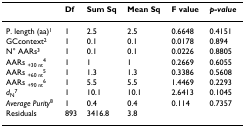
<table><thead><tr><td></td><td><b>Df</b></td><td><b>Sum Sq</b></td><td><b>Mean Sq</b></td><td><b>F value</b></td><td><b><i>p-value</i></b></td></tr></thead><tbody><tr><td>P. length (aa)<sup>1</sup></td><td>1</td><td>2.5</td><td>2.5</td><td>0.6648</td><td>0.4151</td></tr><tr><td>GCcontext<sup>2</sup></td><td>1</td><td>0.1</td><td>0.1</td><td>0.0178</td><td>0.894</td></tr><tr><td>N° AARs<sup>3</sup></td><td>1</td><td>0.1</td><td>0.1</td><td>0.0226</td><td>0.8805</td></tr><tr><td>AARs <sub>+30 nt</sub><sup>4</sup></td><td>1</td><td>1</td><td>1</td><td>0.2669</td><td>0.6055</td></tr><tr><td>AARs <sub>+60 nt</sub><sup>5</sup></td><td>1</td><td>1.3</td><td>1.3</td><td>0.3386</td><td>0.5608</td></tr><tr><td>AARs <sub>+90 nt</sub><sup>6</sup></td><td>1</td><td>5.5</td><td>5.5</td><td>1.4469</td><td>0.2293</td></tr><tr><td><i>d</i><sub>N</sub><sup>7</sup></td><td>1</td><td>10.1</td><td>10.1</td><td>2.6413</td><td>0.1045</td></tr><tr><td><i>Average Purity</i><sup>8</sup></td><td>1</td><td>0.4</td><td>0.4</td><td>0.114</td><td>0.7357</td></tr><tr><td>Residuals</td><td>893</td><td>3416.8</td><td>3.8</td><td></td><td></td></tr></tbody></table>